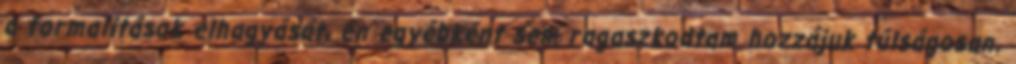
a formalitások elhagyását, én egyébként sem ragaszkodtam hozzájuk túlságosan.